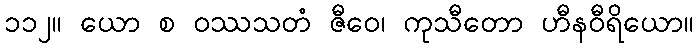
၁၁၂။ ယော စ ဝဿသတံ ဇီဝေ၊ ကုသီတော ဟီနဝီရိယော။